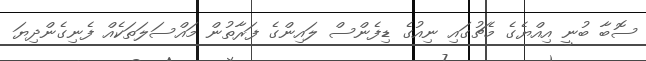
ސޮބާ ބުނީ އިއްޔެގެ މެޗުގައި ނިއުގެ ޑިފެންސް ލައިންގެ ފަރާތުން މައްސަލަތަކެއް ފެނިގެންދިޔަ